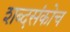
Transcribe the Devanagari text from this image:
शब्दसंकोच